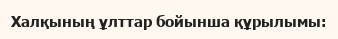
Халқының ұлттар бойынша құрылымы: